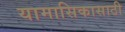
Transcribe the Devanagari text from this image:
यामासिकासाठी